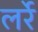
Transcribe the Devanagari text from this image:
लर्रे